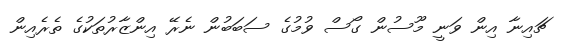
ޗައިނާ އިން ވަނީ މޫސުން ގޯސް ވުމުގެ ސަބަބުން ނެރޭ އިންޒާރުތަކުގެ ތެރެއިން